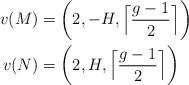
LaTeX: \begin{align*}v(M)&=\left(2,-H,\Bigl \lceil \frac{g-1}{2} \Bigr \rceil\right)\\v(N)&=\left(2,H,\Bigl \lceil\frac{g-1}{2}\Bigr \rceil\right)\end{align*}